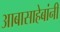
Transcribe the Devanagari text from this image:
आबासाहेबांनी